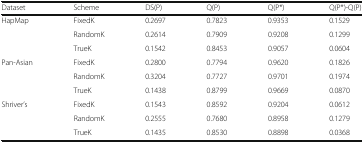
| Dataset | Scheme | DS(P) | Q(P) | Q(P*) | Q(P*)-Q(P) |
 | --- | --- | --- | --- | --- | --- |
 | <ROWSPAN=3> HapMap | FixedK | 0.2697 | 0.7823 | 0.9353 | 0.1529 |
 | RandomK | 0.2614 | 0.7909 | 0.9208 | 0.1299 |
 | TrueK | 0.1542 | 0.8453 | 0.9057 | 0.0604 |
 | <ROWSPAN=3> Pan-Asian | FixedK | 0.2800 | 0.7794 | 0.9620 | 0.1826 |
 | RandomK | 0.3204 | 0.7727 | 0.9701 | 0.1974 |
 | TrueK | 0.1438 | 0.8799 | 0.9669 | 0.0870 |
 | <ROWSPAN=3> Shriver’s | FixedK | 0.1543 | 0.8592 | 0.9204 | 0.0612 |
 | RandomK | 0.2555 | 0.7680 | 0.8958 | 0.1279 |
 | TrueK | 0.1435 | 0.8530 | 0.8898 | 0.0368 |